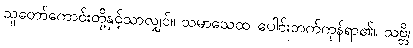
သူတော်ကောင်းတို့နှင့်သာလျှင်။ သမာသေထ၊ ပေါင်းဘက်ကုန်ရာ၏။ သဗ္ဘိ၊